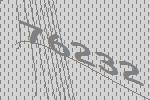
76232